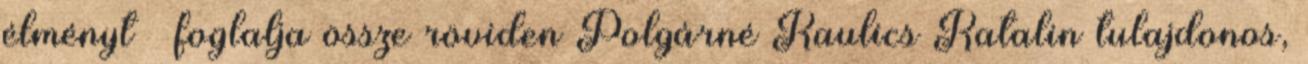
élményt – foglalja össze röviden Polgárné Kaulics Katalin tulajdonos,